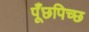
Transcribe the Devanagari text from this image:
पूँछपिच्छ